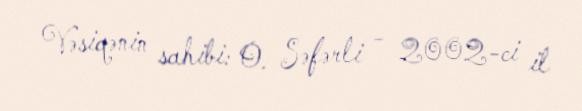
Vəsiqənin sahibi: O. Səfərli - 2002-ci il